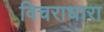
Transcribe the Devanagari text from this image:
विचराधारा